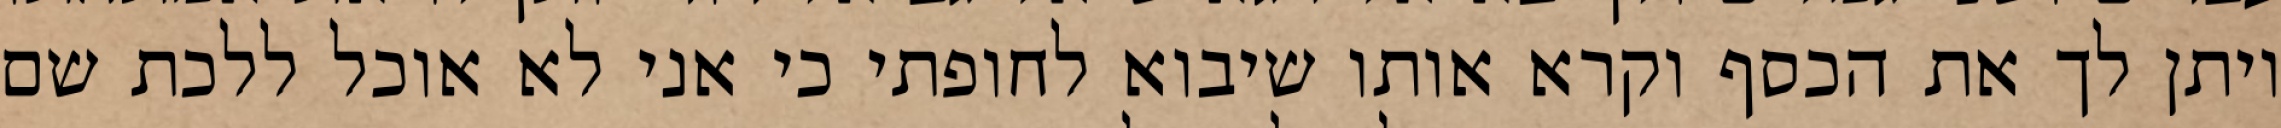
ויתן לך את הכסף וקרא אותו שיבוא לחופתי כי אני לא אוכל ללכת שם